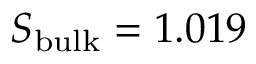
S _ { \mathrm { b u l k } } = 1 . 0 1 9